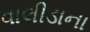
વાલીડાના